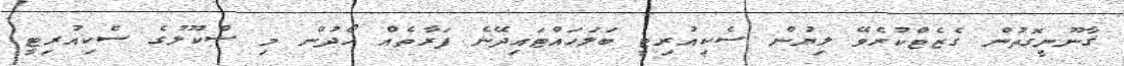
ޤާނޫނީގޮތުން ގެޒެޓްކުރެވޭ ލިޔުން ސެކިއުރިޓީ ބަލަހައްޓައިދޭނެ ފަރާތެއް ހޯދުން މި ސްކޫލުގެ ސެކިއުރިޓީ